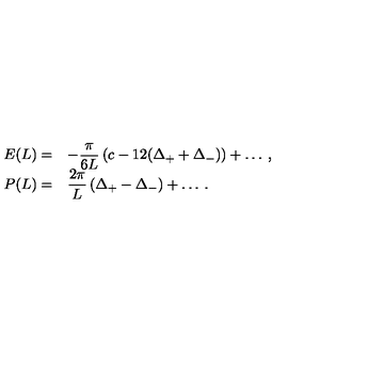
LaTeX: \begin{array} { r l } { \displaystyle E ( L ) = } & { - \displaystyle \frac { \pi } { 6 L } \left( c - 1 2 ( \Delta _ { + } + \Delta _ { - } ) \right) + \ldots \: , } \\ { P ( L ) = } & { \displaystyle \frac { 2 \pi } { L } \left( \Delta _ { + } - \Delta _ { - } \right) + \ldots \: . } \\ \end{array}